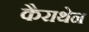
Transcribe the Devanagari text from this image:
कैराथेन